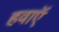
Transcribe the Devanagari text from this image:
हवाऍ